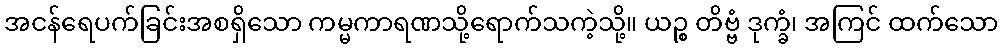
အငန်ရေပက်ခြင်းအစရှိသော ကမ္မကာရဏသို့ရောက်သကဲ့သို့။ ယဉ္စ တိဗ္ဗံ ဒုက္ခံ၊ အကြင် ထက်သော